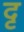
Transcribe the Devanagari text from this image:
दृ